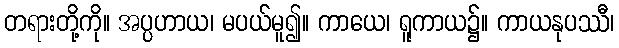
တရားတို့ကို။ အပ္ပဟာယ၊ မပယ်မူ၍။ ကာယေ၊ ရူကာယ၌။ ကာယနုပဿီ၊